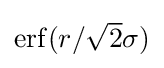
{\textstyle \operatorname {erf} (r/{\sqrt {2}}\sigma )}